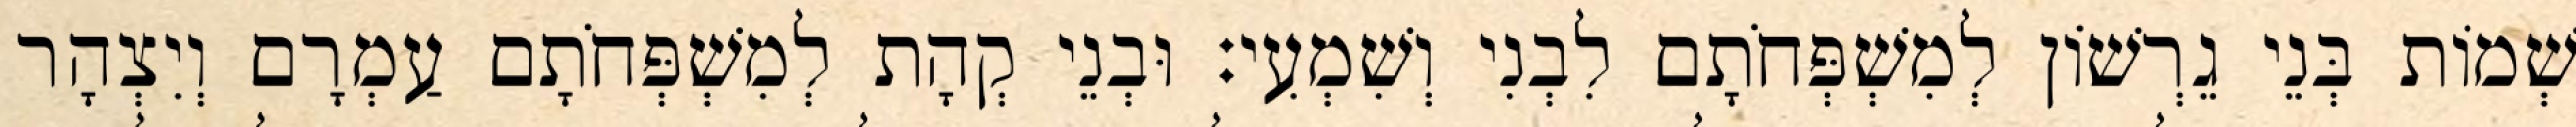
שְׁמוֹת בְּנֵי גֵרְשׁוֹן לְמִשְׁפְּחֹתָם לִבְנִי וְשִׁמְעִי׃ וּבְנֵי קְהָת לְמִשְׁפְּחֹתָם עַמְרָם וְיִצְהָר